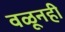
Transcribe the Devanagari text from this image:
वळूनही